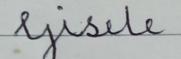
Signature authenticity: forged